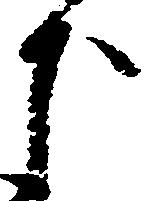
下